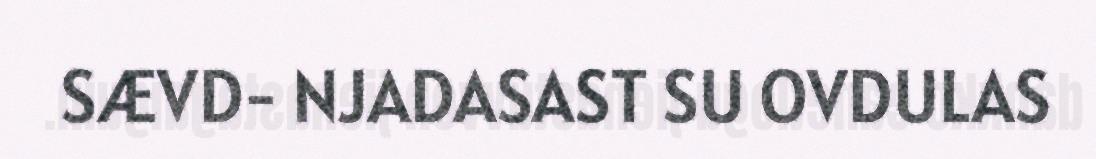
SÆVD- NJADASAST SU OVDULAS